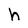
Character: h